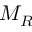
M _ { R }